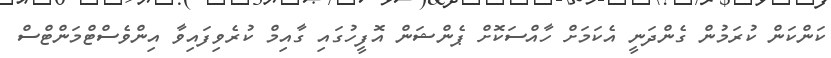
ކަންކަން ކުރަމުން ގެންދަނީ އެކަމަށް ހާއްސަކޮށް ޕެންޝަން އޮފީހުގައި ގާއިމް ކުރެވިފައިވާ އިންވެސްޓްމަންޓްސް